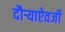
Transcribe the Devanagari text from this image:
दौर्‍याऐवजी